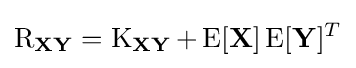
\operatorname {R} _{\mathbf {X} \mathbf {Y} }=\operatorname {K} _{\mathbf {X} \mathbf {Y} }+\operatorname {E} [\mathbf {X} ]\operatorname {E} [\mathbf {Y} ]^{T}